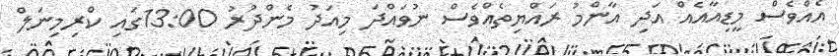
އެއްވެސް މީޑިއާއެއް އަދި އާންމު ރައްޔިތެއްވެސް ނުވައްދަ މިއަދު މެންދުރު 13:00ގައި ކްރިމިނަލް